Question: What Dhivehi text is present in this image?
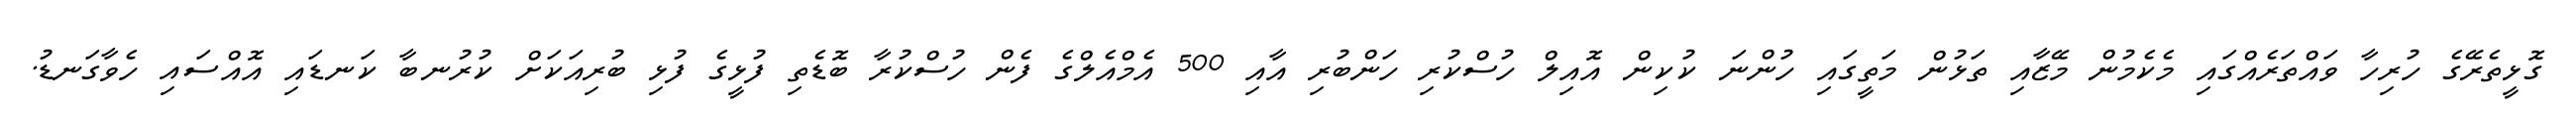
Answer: ގޮޅީތެރޭގެ ހުރިހާ ވައްތަރެއްގައި މެކެމުން މޭޒާއި ތަޅުން މަތީގައި ހުންނަ ކުކިން އޮއިލް ހުސްކުރި ހަންބުރި އާއި 500 އެމްއެލްގެ ފެން ހުސްކުރާ ބޮޑެތި ފުޅީގެ ފުޅި ބުރިއަކަށް ކުރުނބާ ކަނޑައި އޮއްސައި ހެވާގަނޑު.